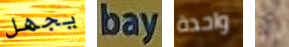
يجهل bay واحدة و